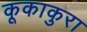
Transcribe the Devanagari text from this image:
कूकाकुरा